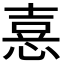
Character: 𢝫